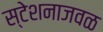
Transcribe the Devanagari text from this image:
स्टेशनाजवळ